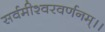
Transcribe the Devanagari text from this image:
सर्वमीश्वरवर्णनम्।।